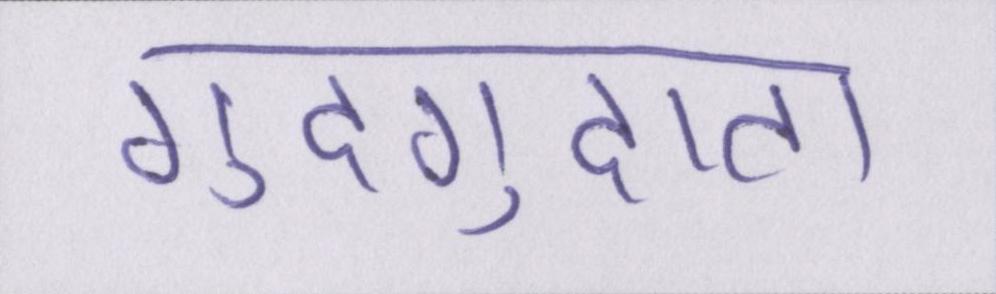
गुदगुदाता